Vaccination in Burma 1912-1922 - 1912-1922
Year: 1912
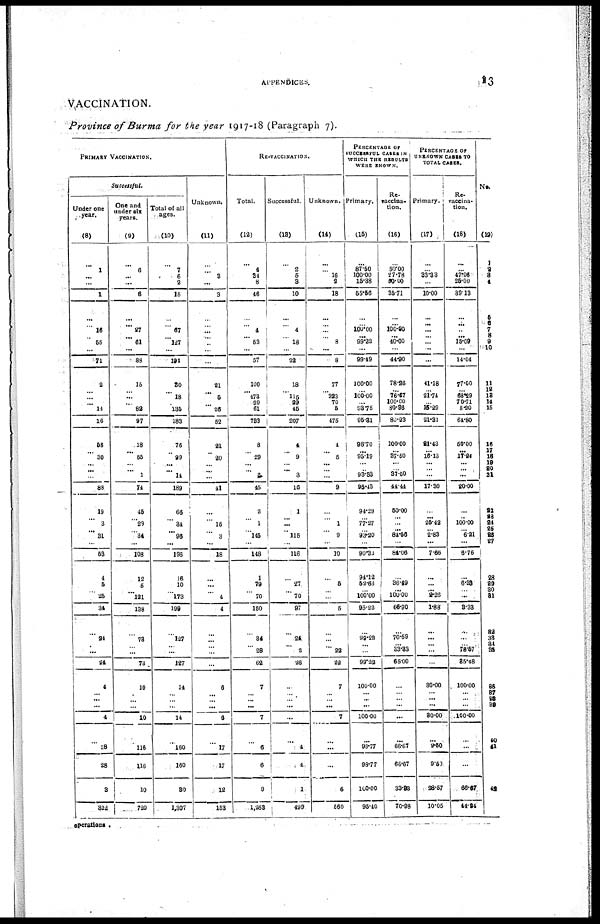
APPENDICES.
13
VACCINATION.
Province of Burma for the year 1917-18 (Paragraph 7).
PRIMARY VACCINATION.
Successful.
Under one
year.
(8)
...
1
...
...
1
...
...
16
... 55
...
71
2
...
...
... 14
16
58
... 30
... ...
...
88
19
... 3
... 31
...
53
4
5
...
25
34
...
24
... ...
24
4
...
...
...
4
...
28
28
3
322
One and
under six
years.
(9)
...
6
...
...
6
...
... 27
... 61
...
88
15
... ...
... 82
97
18
...
55
... ... 1
74
46
... 29
... 34
...
108
12
5
... 121
138
...
73
... ...
73
10
... ...
...
10
...
116
116
10
720
Total of all
ages.
(10)
...
7
6
2
15
...
...
67
... 127
...
194
30
...
18
... 135
183
76
...
99
...
... 14
189
66
...
34
...
96
...
196
16
10
... 173
199
...
127
... ...
127
14
...
...
...
14
...
160
160
30
1,307
Unknown.
(11)
...
...
3
...
3
...
...
...
...
...
...
...
21
...
5
...
26
52
21
...
20
... ... ...
41
...
...
15
...
3
...
18
...
...
... 4
4
...
...
...
...
...
6
... ...
...
6
...
17
17
12
153
RE-VACCINATION.
Total.
(12)
...
4
34
8
46
...
... 4
...
53
...
57
100
... 473
99
61
783
8
...
29
... ... 2
45
2
...
1
... 145
...
148
1
79
...
70
150
...
34
...
28
62
7
... ...
...
7
...
6
6
9
1,263
Successful.
(13)
...
2
5
3
10
...
... 4
...
18
...
22
18
... 115
29
45
207
4
...
9
... ... 3
16
1
...
...
... 115
...
116
...
27
... 70
97
...
24
... 2
26
...
...
...
...
...
...
4
4
1
499
Unknown.
(14)
...
...
16
2
18
...
...
...
... 8
...
8
77
... 323
70
5
475
4
...
5
... ... ...
9
...
...
1
...
9
...
10
...
5
...
...
5
...
...
...
22
22
7
...
...
...
7
...
...
...
6
560
PERCENTAGE OF
SUCCESSFUL CASES IN
WHICH THE RESULTS
WERE KNOWN.
Primary.
(15)
...
87.50
100.00
15.38
55.56
...
... 100.00
...
99.22
...
99.49
100.00
...
100.00
...
93.75
96.31
98.70
... 95.19
... ... 93.33
96.43
94.29
... 77.27
... 93.20
...
90.32
94.12
52.63
... 100.00
95.22
...
99.22
...
...
99.22
100.00
...
...
...
100.00
...
98.77
98.77
100.00
95.40
Re-
vaccina-
tion.
(16)
...
50.00
27.78
50.00
35.71
...
...
100.00
...
40.00
...
44.90
78.26
...
76.67
100.00
80.36
80.23
100.00
...
37.50
...
... 37.50
44.44
50.00
...
...
...
84.56
...
84.06
...
36.49
...
100.00
66.90
...
70.59
...
33.33
65.00
...
...
...
...
...
...
66.67
66.67
33.33
70.98
PERCENTAGE OF
UNKNOWN CASES TO
TOTAL CASES.
Primary.
(17)
...
... 33.33
...
10.00
...
...
...
...
...
...
...
41.18
...
21.74
... 15.29
21.31
21.43
... 16.13
... ...
...
17.30
...
...
25.42
... 2.83
...
7.66
...
...
... 2.26
1.88
...
...
...
...
...
30.00
...
...
...
30.00
...
9.50
9.50
28.57
10.05
Re-
vaccina-
tion.
(18)
...
...
47.06
25.00
39.13
...
...
...
...
15.09
...
14.04
77.00
...
68.29
70.71
8.20
64.80
50.00
... 17.24
...
...
...
20.00
...
...
100.00
... 6.21
...
6.76
...
6.33
... ...
3.33
...
...
... 78.57
35.48
100.00
...
...
...
100.00
...
...
...
66.67
44.24
No.
(19)
1
2
3
4
5
6
7
8
9
10
11
12
13
14
15
16
17
18
19
20
21
22
23
24
25
26
27
28
29
30
31
32
33
34
35
36
37
38
39
40
41
42
operations.